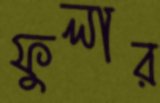
ফুলার